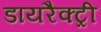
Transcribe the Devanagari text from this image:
डायरैक्ट्री